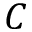
C